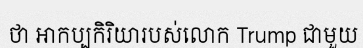
ថា អាកប្បកិរិយារបស់លោក Trump ជាមួយ